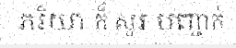
ភរិយា ក៏ សួរ បញ្ជាក់